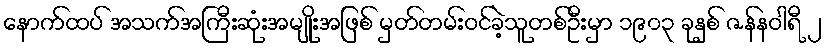
နောက်ထပ် အသက်အကြီးဆုံးအမျိုးအဖြစ် မှတ်တမ်းဝင်ခဲ့သူတစ်ဦးမှာ ၁၉၀၃ ခုနှစ် ဇန်နဝါရီ ၂